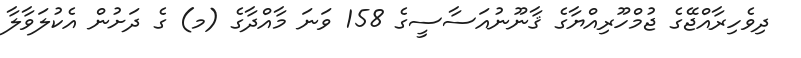
ދިވެހިރާއްޖޭގެ ޖުމްހޫރިއްޔާގެ ޤާނޫނުއަސާސީގެ 158 ވަނަ މާއްދާގެ (މ) ގެ ދަށުން އެކުލަވާލާ